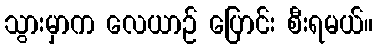
သွားမှာက လေယာဉ် ပြောင်း စီးရမယ်။